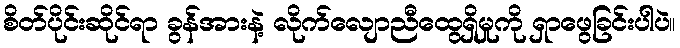
စိတ်ပိုင်းဆိုင်ရာ ခွန်အားနဲ့ လိုက်လျောညီထွေရှိမှုကို ရှာဖွေခြင်းပါပဲ။